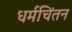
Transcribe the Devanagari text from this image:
धर्मचिंतन